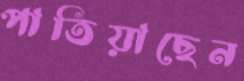
পাতিয়াছেন